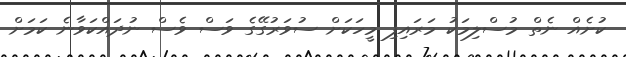
ކުށެއް ނެތް މުސްލިމަކު މަރައިފި މީހަކަށް ސުވަރުގޭގެ ވަސް ވެސް ނުދައްކަވާނެ ކަމަށް